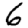
Digit: 6